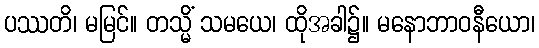
ပဿတိ၊ မမြင်။ တသ္မိံ သမယေ၊ ထိုအခါ၌။ မနောဘာဝနီယော၊